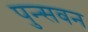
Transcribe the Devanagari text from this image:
पुन्सवन